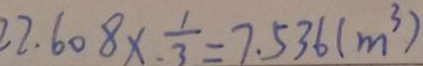
2 2 . 6 0 8 \times \frac { 1 } { 3 } = 7 . 5 3 6 ( m ^ { 3 } )